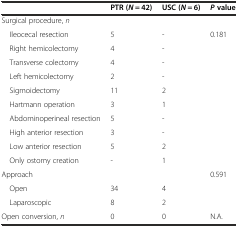
<table><thead><tr><td></td><td><b>PTR (<i>N</i> = 42)</b></td><td><b>USC (<i>N</i> = 6)</b></td><td><b><i>P</i>value</b></td></tr></thead><tbody><tr><td>Surgical procedure, <i>n</i></td><td></td><td></td><td></td></tr><tr><td> Ileocecal resection</td><td>5</td><td>-</td><td>0.181</td></tr><tr><td> Right hemicolectomy</td><td>4</td><td>-</td><td></td></tr><tr><td> Transverse colectomy</td><td>4</td><td>-</td><td></td></tr><tr><td> Left hemicolectomy</td><td>2</td><td>-</td><td></td></tr><tr><td> Sigmoidectomy</td><td>11</td><td>2</td><td></td></tr><tr><td> Hartmann operation</td><td>3</td><td>1</td><td></td></tr><tr><td> Abdominoperineal resection</td><td>5</td><td>-</td><td></td></tr><tr><td> High anterior resection</td><td>3</td><td>-</td><td></td></tr><tr><td> Low anterior resection</td><td>5</td><td>2</td><td></td></tr><tr><td> Only ostomy creation</td><td>-</td><td>1</td><td></td></tr><tr><td>Approach</td><td></td><td></td><td>0.591</td></tr><tr><td> Open</td><td>34</td><td>4</td><td></td></tr><tr><td> Laparoscopic</td><td>8</td><td>2</td><td></td></tr><tr><td>Open conversion, <i>n</i></td><td>0</td><td>0</td><td>N.A.</td></tr></tbody></table>